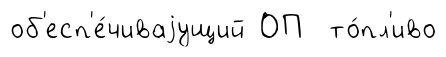
об'есп'е́чиваjущий ОП то́пл'иво